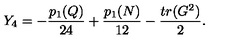
Y _ { 4 } = - { \frac { p _ { 1 } ( Q ) } { 2 4 } } + { \frac { p _ { 1 } ( N ) } { 1 2 } } - { \frac { t r ( G ^ { 2 } ) } { 2 } } .